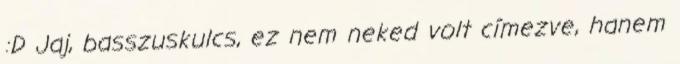
:D Jaj, basszuskulcs, ez nem neked volt címezve, hanem